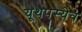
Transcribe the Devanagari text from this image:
यूथपस्येव